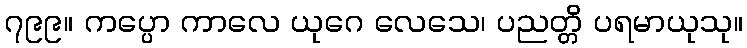
၇၉၉။ ကပ္ပော ကာလေ ယုဂေ လေသေ၊ ပညတ္တိ ပရမာယုသု။